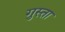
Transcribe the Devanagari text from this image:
गुस्ता